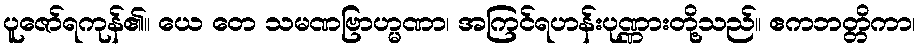
ပူဇော်ရကုန်၏။ ယေ တေ သမဏဗြာဟ္မဏာ၊ အကြင်ရဟန်းပုဏ္ဏားတို့သည်။ ဧကဘတ္တိကာ၊